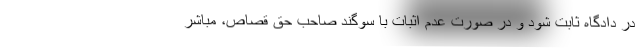
در دادگاه ثابت شود و در صورت عدم اثبات با سوگند صاحب حق قصاص، مباشر